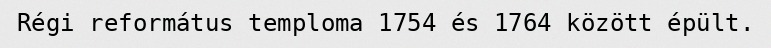
Régi református temploma 1754 és 1764 között épült.